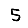
Digit: 5